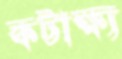
কটাক্ষ্য